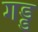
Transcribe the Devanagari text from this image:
गड्ड